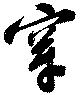
穿